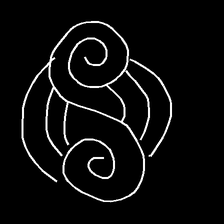
Glyph: wind-underfoot